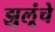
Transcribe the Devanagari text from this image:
झुलूंचे